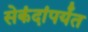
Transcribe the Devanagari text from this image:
सेकंदांपर्यंत